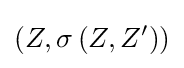
\left(Z,\sigma \left(Z,Z^{\prime }\right)\right)